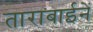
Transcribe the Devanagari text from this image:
ताराबाईनें